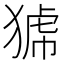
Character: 𤟝